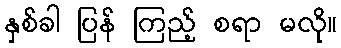
နှစ်ခါ ပြန် ကြည့် စရာ မလို။